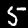
Digit: 5